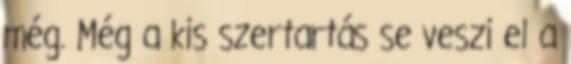
még. Még a kis szertartás se veszi el a